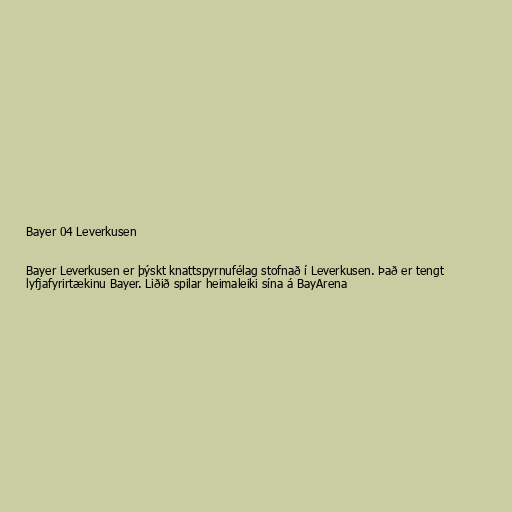
Bayer 04 Leverkusen

Bayer Leverkusen er þýskt knattspyrnufélag stofnað í Leverkusen. Það er tengt
lyfjafyrirtækinu Bayer. Liðið spilar heimaleiki sína á BayArena